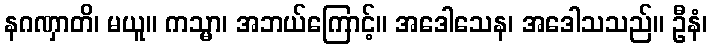
နဂဏှာတိ၊ မယူ။ ကသ္မာ၊ အဘယ်ကြောင့်။ အဒေါသေန၊ အဒေါသသည်။ ဦနံ၊